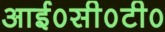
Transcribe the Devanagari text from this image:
आई०सी०टी०